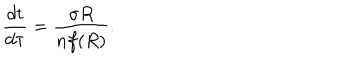
LaTeX: \frac { d t } { d \tau } = \frac { \sigma R } { n f ( R ) } .